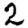
Digit: 2